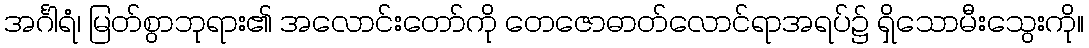
အင်္ဂါရံ၊ မြတ်စွာဘုရား၏ အလောင်းတော်ကို တေဇောဓာတ်လောင်ရာအရပ်၌ ရှိသောမီးသွေးကို။